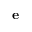
\mathbf { e }